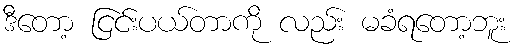
ဒီတော့ ငြင်းပယ်တာကို လည်း မခံရတော့ဘူး